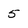
Character: 5